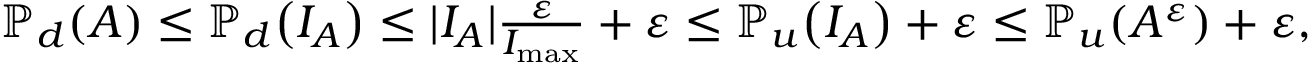
\begin{array} { r } { \mathbb { P } _ { d } \! \left( A \right) \leq \mathbb { P } _ { d } \! \left( I _ { A } \right) \leq | I _ { A } | \frac { \varepsilon } { I _ { \operatorname* { m a x } } } + \varepsilon \leq \mathbb { P } _ { u } \! \left( I _ { A } \right) + \varepsilon \leq \mathbb { P } _ { u } \! \left( A ^ { \varepsilon } \right) + \varepsilon , } \end{array}